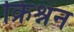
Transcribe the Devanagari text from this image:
क्रिश्नन